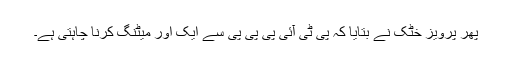
پھر پرویز خٹک نے بتایا کہ پی ٹی آئی پی پی پی سے ایک اور میٹنگ کرنا چاہتی ہے۔